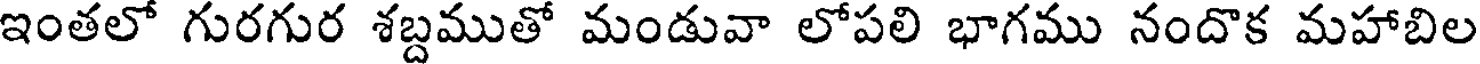
ఇంతలో గురగుర శబ్దముతో మండువా లోపలి భాగము నందొక మహాబిల